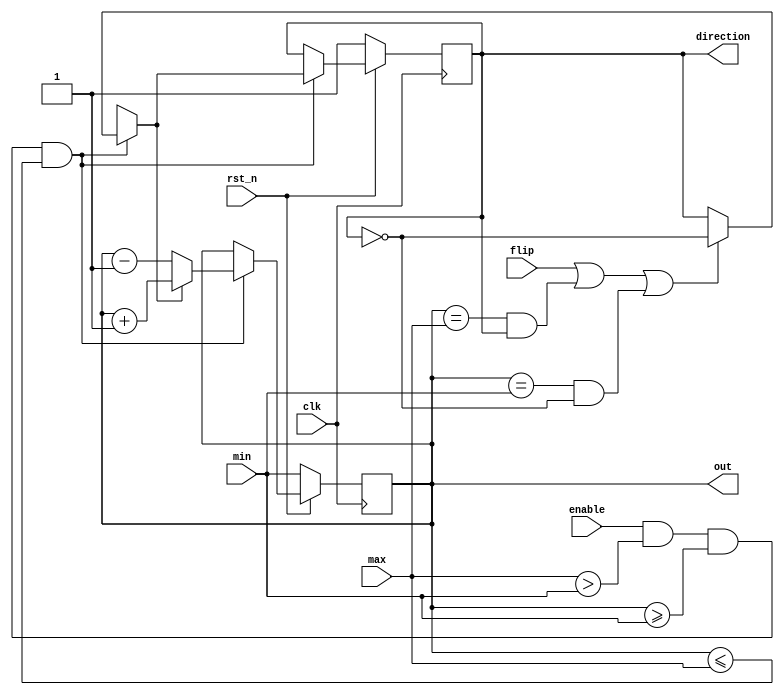
`timescale 1ns/1ps

module Parameterized_Ping_Pong_Counter (clk, rst_n, enable, flip, max, min, direction, out);
input clk, rst_n;
input enable;
input flip;
input [3:0] max;
input [3:0] min;
output direction;
output [3:0] out;

reg [3:0]out;
reg direction;
reg next_dir;
reg [3:0]next_out;

always @(*)begin
    if((enable==1'b1)&&(max>min)&&(out>=min)&&(out<=max))begin
        if(flip==1'b1||((out==max)&&direction==1'b1)||((out==min)&&direction==1'b0))
           next_dir=~direction;
        else
            next_dir=direction;
            
        if(next_dir==1'b1)
            next_out=out+1'b1;
        else
            next_out=out-1'b1;
        
    end
    else begin
    next_out=out;
    next_dir=direction;
    end
end

always @(posedge clk)begin
    if(rst_n==1'b0)begin
        direction<=1'b1;
        out<=min;
    end
    else begin
        direction<=next_dir; 
        out<=next_out;
    end
end


endmodule